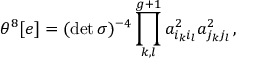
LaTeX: \theta ^ { 8 } [ e ] = ( \operatorname * { d e t } { \sigma } ) ^ { - 4 } \prod _ { k , l } ^ { g + 1 } a _ { i _ { k } i _ { l } } ^ { 2 } a _ { j _ { k } j _ { l } } ^ { 2 } \, ,